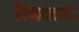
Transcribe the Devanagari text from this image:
विनयचन्द्र